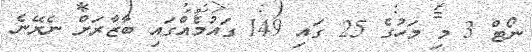
ނޯޓް 3 މި މަހުގެ 25 ގައި 149 ގައުމެއްގައި ބާޒާރަށް ނެރޭނެ